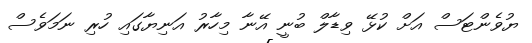
ޔުވެންޓަސް އަށް ކުޅޭ ވިޑާލް ބުނީ އޭނާ މިހާރު އަނިޔާގައި ހުރި ނަމަވެސް